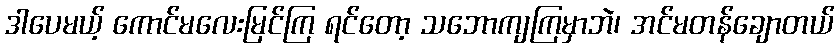
ဒါပေမယ့် ကောင်မလေးမြင်ကြ ရင်တော့ သဘောကျကြမှာဘဲ၊ အင်မတန်ချောတယ်